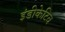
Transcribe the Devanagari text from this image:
इंडीकेटिव